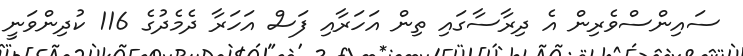
ސައިންސްވެރިން އެ ދިރާސާގައި ތިން އަހަރާއި ފަސް އަހަރާ ދެމެދުގެ 116 ކުދިންވަނީ